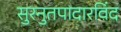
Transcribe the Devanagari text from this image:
सुरनुतपादारविंद